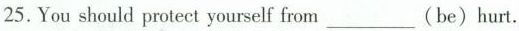
25.You should protect yourself from ___ （be）hurt.